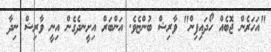
"އަހަރެން ޖޮބެއް ހޯދައިފިން" ވާރިޝް ބުންޏެވެ. އަންބަރް އިށީނދެގެން އިނީ ވާރިޝް ނިދާ